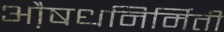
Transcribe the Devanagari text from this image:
औ़़षधनिर्मिती